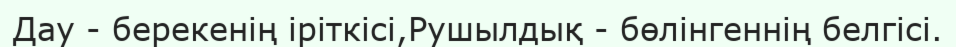
Дау - берекенің іріткісі,Рушылдық - бөлінгеннің белгісі.